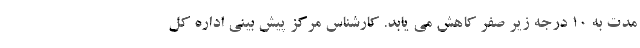
مدت به ۱۰ درجه زیر صفر کاهش می یابد. کارشناس مرکز پیش بینی اداره کل